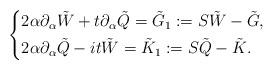
LaTeX: \begin{align*} \left\{ \begin{aligned}& 2 \alpha \partial_\alpha \tilde W + t \partial_\alpha \tilde Q = \tilde G_1:= S\tilde W - \tilde G ,\\& 2\alpha \partial_\alpha \tilde Q - it \tilde W = \tilde K_1 := S \tilde Q - \tilde K.\end{aligned}\right.\end{align*}